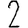
Digit: 2